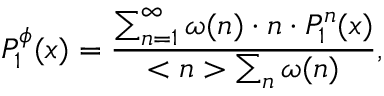
P _ { 1 } ^ { \phi } ( x ) = \frac { \sum _ { n = 1 } ^ { \infty } \omega ( n ) \cdot n \cdot P _ { 1 } ^ { n } ( x ) } { < n > \sum _ { n } \omega ( n ) } ,